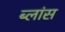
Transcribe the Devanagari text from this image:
ब्लांस